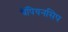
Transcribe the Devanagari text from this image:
चैंपियनसिप